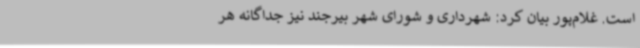
است. غلام‌پور بیان کرد: شهرداری و شورای شهر بیرجند نیز جداگانه هر